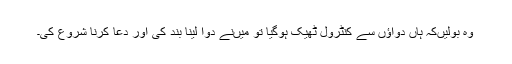
وہ بولیں‌کہ ہاں دواؤں سے کنٹرول ٹھیک ہوگیا تو میں‌نے دوا لینا بند کی اور دعا کرنا شروع کی۔